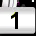
Digit: 1